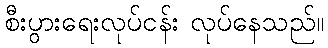
စီးပွားရေးလုပ်ငန်း လုပ်နေသည်။